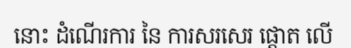
នោះ ដំណើរការ នៃ ការសរសេរ ផ្តោត លើ